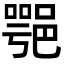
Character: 𨜝